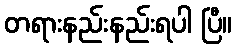
တရားနည်းနည်းရပါ ပြီ။